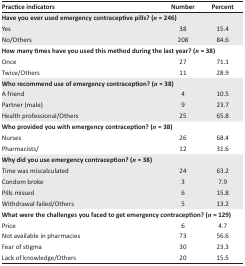
<table><thead><tr><td><b>Practice indicators</b></td><td><b>Number</b></td><td><b>Percent</b></td></tr></thead><tbody><tr><td colspan="3"><b>Have you ever used emergency contraceptive pills? (</b><i><b>n</b></i><b>= 246)</b></td></tr><tr><td>Yes</td><td>38</td><td>15.4</td></tr><tr><td>No/Others</td><td>208</td><td>84.6</td></tr><tr><td colspan="3"><b>How many times have you used this method during the last year? (</b><i><b>n</b></i><b>= 38)</b></td></tr><tr><td>Once</td><td>27</td><td>71.1</td></tr><tr><td>Twice/Others</td><td>11</td><td>28.9</td></tr><tr><td colspan="3"><b>Who recommend use of emergency contraception? (</b><i><b>n</b></i><b>= 38)</b></td></tr><tr><td>A friend</td><td>4</td><td>10.5</td></tr><tr><td>Partner (male)</td><td>9</td><td>23.7</td></tr><tr><td>Health professional/Others</td><td>25</td><td>65.8</td></tr><tr><td colspan="3"><b>Who provided you with emergency contraception? (</b><i><b>n</b></i><b>= 38)</b></td></tr><tr><td>Nurses</td><td>26</td><td>68.4</td></tr><tr><td>Pharmacists/</td><td>12</td><td>31.6</td></tr><tr><td colspan="3"><b>Why did you use emergency contraception? (</b><i><b>n</b></i><b>= 38)</b></td></tr><tr><td>Time was miscalculated</td><td>24</td><td>63.2</td></tr><tr><td>Condom broke</td><td>3</td><td>7.9</td></tr><tr><td>Pills missed</td><td>6</td><td>15.8</td></tr><tr><td>Withdrawal failed/Others</td><td>5</td><td>13.2</td></tr><tr><td colspan="3"><b>What were the challenges you faced to get emergency contraception? (</b><i><b>n</b></i><b>= 129)</b></td></tr><tr><td>Price</td><td>6</td><td>4.7</td></tr><tr><td>Not available in pharmacies</td><td>73</td><td>56.6</td></tr><tr><td>Fear of stigma</td><td>30</td><td>23.3</td></tr><tr><td>Lack of knowledge/Others</td><td>20</td><td>15.5</td></tr></tbody></table>